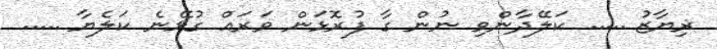
ޜިޔާޒު ..... ކަލޭދާންވި ނުން ގާ ފުރޮޅަން ވަރައް ގުޅޭނެ ކަލެޔާ .....